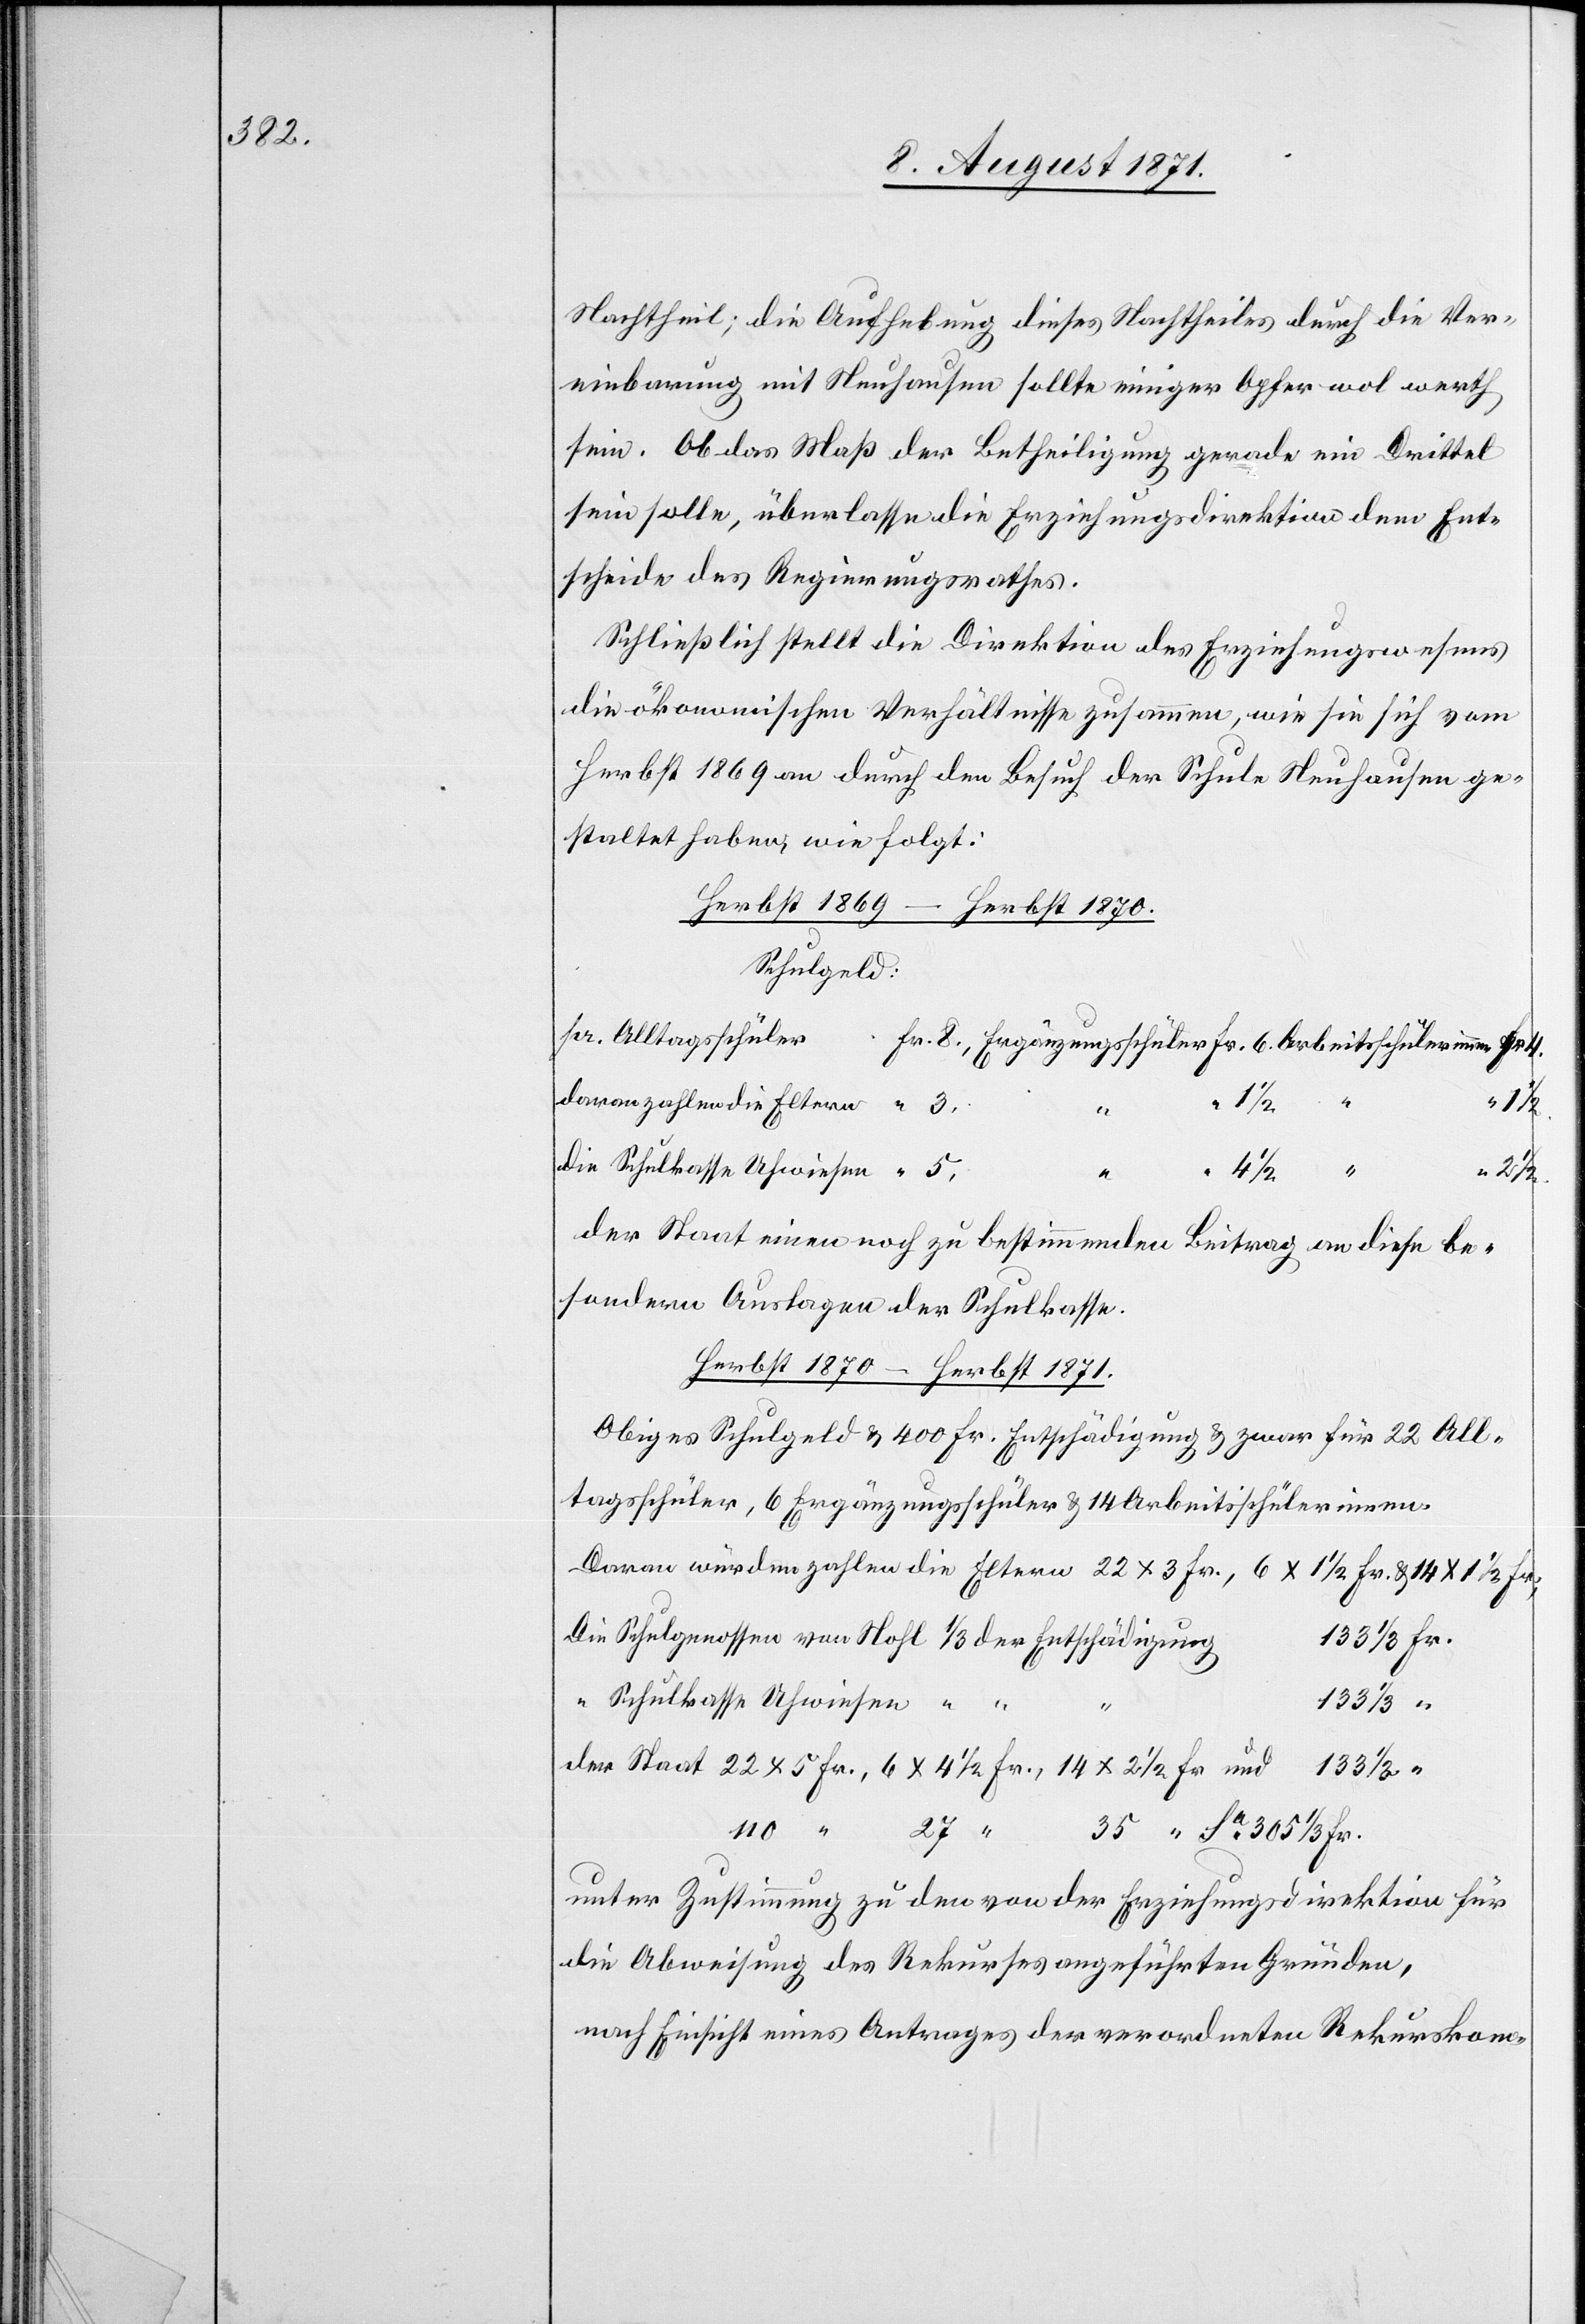
Nachtheil; die Aufhebung dieses Nachtheiles durch die Ver¬
einbarung mit Neuhausen sollte einiger Opfer wol werth
sein. Ob das Maß der Betheiligung gerade ein Drittel
sein solle, überlasse die Erziehungsdirektion dem Ent¬
scheide des Regierungsrathes.
Schließlich stellt die Direktion des Erziehungswesens
die ökonomischen Verhältnisse zusammen, wie sie sich vom
Herbst 1869 an durch den Besuch der Schule Neuhausen ge¬
staltet haben, wie folgt:
Herbst 1869 – Herbst 1870.
Schulgeld:
pr. Alltagsschüler
Fr.
4.
davon zahlen die Eltern
21/2.
“
die Schulkasse Uhwiesen
der Staat einen noch zu bestimmenden Beitrag an diese be¬
sondern Auslagen der Schulkasse.
Herbst 1870 – Herbst 1871.
Obiges Schulgeld u. 400 Fr. Entschädigung u. zwar für 22 All¬
tagsschüler, 6 Ergänzungsschüler u. 14 Arbeitsschülerinnen.
Daran würden zahlen die Eltern 22 x 3 Fr., 6 x 11/2 Fr. u. 14 x 11/2 Fr.
Die Schulgenossen von Nohl 1/3 der Entschädigung
1331/3 Fr.
“
Schulkasse Uhwiesen “ “
1331/3
“
der Staat 22 x 5 Fr., 6 x 41/2 Fr., 14 x 21/2 Fr. und 1331/2 “
110 “
27 “
35 “ Sa. 3051/3 Fr.
unter Zustimmung zu den von der Erziehungsdirektion für
die Abweisung des Rekurses angeführten Gründen,
nach Einsicht eines Antrages der verordneten Rekurskom-